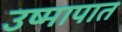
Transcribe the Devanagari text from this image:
उष्मापात